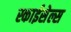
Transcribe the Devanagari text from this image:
स्काईसेल्स